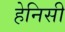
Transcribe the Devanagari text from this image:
हेनिसी